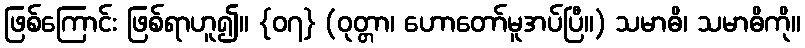
ဖြစ်ကြောင်း ဖြစ်ရာဟူ၍။ {၀၇} (ဝုတ္တာ၊ ဟောတော်မူအပ်ပြီ။) သမာဓိ၊ သမာဓိကို။